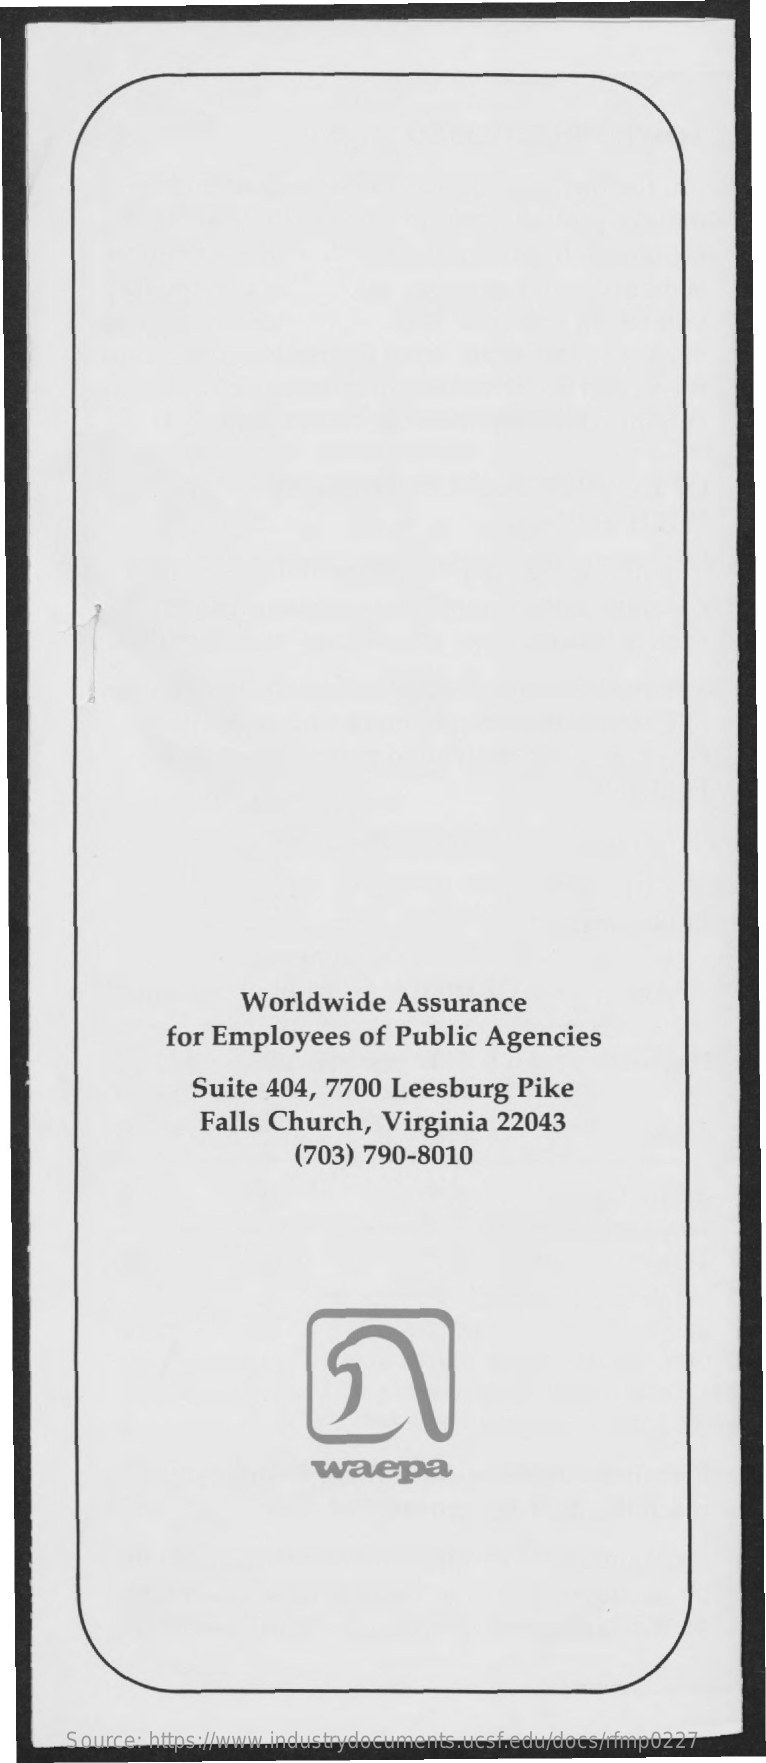
Worldwide    Assurance
     for Employees    of  Public  Agencies
     Suite  404, 7700  Leesburg    Pike
     Falls Church,    Virginia  22043
     (703) 790-8010
     waepa
     Source: https://www.industrydocuments.ucsf.edu/docs/rfmp0227